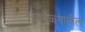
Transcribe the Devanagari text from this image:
संतमेळ्यातील